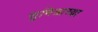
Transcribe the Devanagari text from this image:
सुमित्राच्या